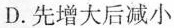
D. 先增大后减小